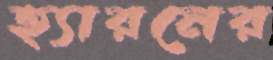
হ্যারনের